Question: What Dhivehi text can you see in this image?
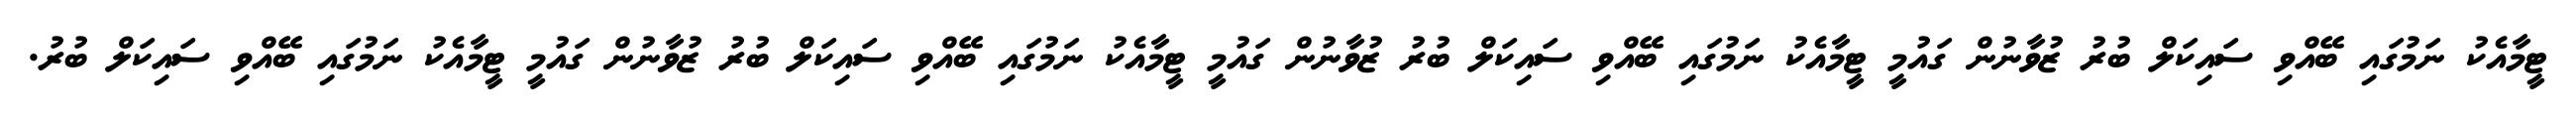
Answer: ޓީމާއެކު ނަމުގައި ބޭއްވި ސައިކަލް ބުރު ޒުވާނުން ގައުމީ ޓީމާއެކު ނަމުގައި ބޭއްވި ސައިކަލް ބުރު ޒުވާނުން ގައުމީ ޓީމާއެކު ނަމުގައި ބޭއްވި ސައިކަލް ބުރު ޒުވާނުން ގައުމީ ޓީމާއެކު ނަމުގައި ބޭއްވި ސައިކަލް ބުރު.